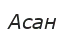
Асан